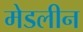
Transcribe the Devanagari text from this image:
मेडलीन